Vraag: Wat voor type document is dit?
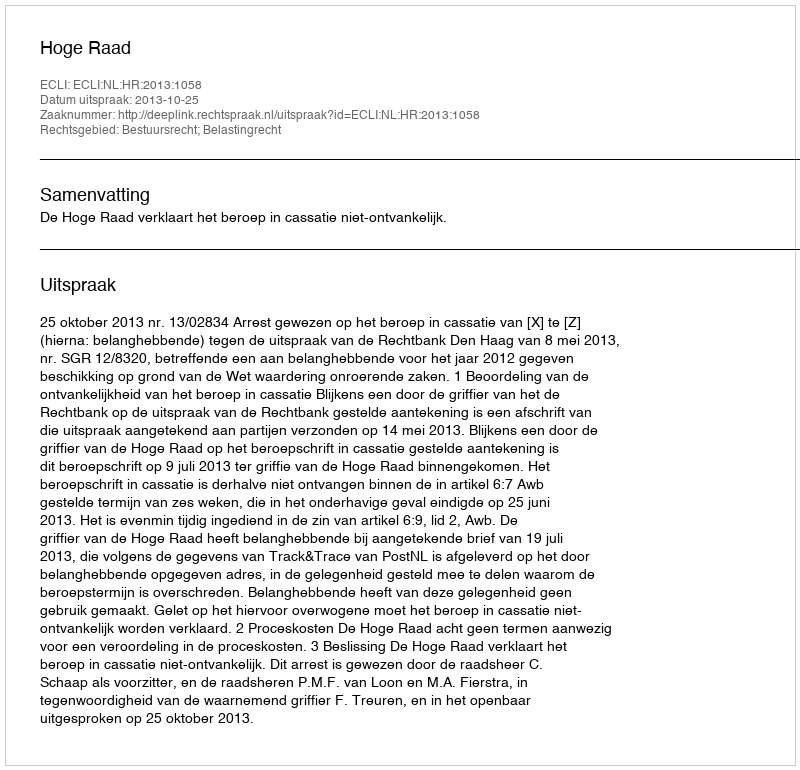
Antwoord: Uitspraak